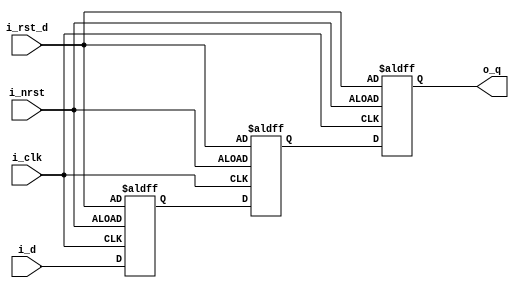
`timescale 1ns/1ps
module resync_3(
	input				i_clk,
   input          i_nrst,
   input          i_rst_d,
   input          i_d,
   output   reg   o_q 
);
   reg   p0,p1;

	always@(posedge i_clk or negedge i_nrst) begin
		if(!i_nrst) begin
         p0    <= i_rst_d;
         p1    <= i_rst_d;
         o_q   <= i_rst_d;
		end else begin
         o_q   <= p1;
         p1    <= p0;
         p0    <= i_d;
		end
	end
endmodule